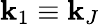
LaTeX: \mathbf{k}_{1}\equiv\mathbf{k}_{J}